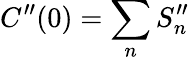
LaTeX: C^{\prime\prime}(0)=\sum_{n}S_{n}^{\prime\prime}